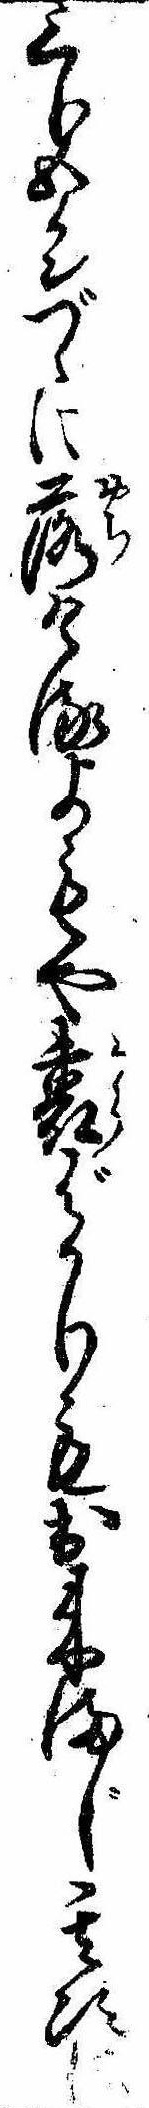
三分五リンづゝに落けるよもや裏ばかりも出来まじ其次に